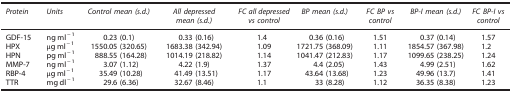
<table><thead><tr><td><b><i>Protein</i></b></td><td><b><i>Units</i></b></td><td><b><i>Control mean (s.d.)</i></b></td><td><b><i>All depressed mean (s.d.)</i></b></td><td><b><i>FC all depressed vs control</i></b></td><td><b><i>BP mean (s.d.)</i></b></td><td><b><i>FC BP vs control</i></b></td><td><b><i>BP-I mean (s.d.)</i></b></td><td><b><i>FC BP-I vs control</i></b></td></tr></thead><tbody><tr><td>GDF-15</td><td>ng ml<sup>−1</sup></td><td>0.23 (0.1)</td><td>0.33 (0.16)</td><td>1.4</td><td>0.36 (0.16)</td><td>1.51</td><td>0.37 (0.14)</td><td>1.57</td></tr><tr><td>HPX</td><td>μg ml<sup>−1</sup></td><td>1550.05 (320.65)</td><td>1683.38 (342.94)</td><td>1.09</td><td>1721.75 (368.09)</td><td>1.11</td><td>1854.57 (367.98)</td><td>1.2</td></tr><tr><td>HPN</td><td>pg ml<sup>−1</sup></td><td>888.55 (164.28)</td><td>1014.19 (218.82)</td><td>1.14</td><td>1041.47 (212.83)</td><td>1.17</td><td>1099.65 (238.25)</td><td>1.24</td></tr><tr><td>MMP-7</td><td>ng ml<sup>−1</sup></td><td>3.07 (1.12)</td><td>4.22 (1.9)</td><td>1.37</td><td>4.4 (2.05)</td><td>1.43</td><td>4.99 (2.51)</td><td>1.62</td></tr><tr><td>RBP-4</td><td>μg ml<sup>−1</sup></td><td>35.49 (10.28)</td><td>41.49 (13.51)</td><td>1.17</td><td>43.64 (13.68)</td><td>1.23</td><td>49.96 (13.7)</td><td>1.41</td></tr><tr><td>TTR</td><td>mg dl<sup>−1</sup></td><td>29.6 (6.36)</td><td>32.67 (8.46)</td><td>1.1</td><td>33 (8.28)</td><td>1.12</td><td>36.35 (8.38)</td><td>1.23</td></tr></tbody></table>